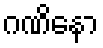
ဂဏိနော